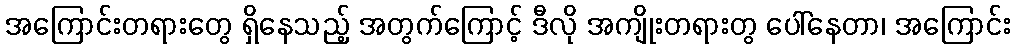
အကြောင်းတရားတွေ ရှိနေသည့် အတွက်ကြောင့် ဒီလို အကျိုးတရားတွ ပေါ်နေတာ၊ အကြောင်း